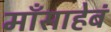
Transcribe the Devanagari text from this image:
माँसाहेबं